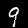
Digit: 9